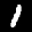
Label: 1